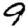
Digit: 9